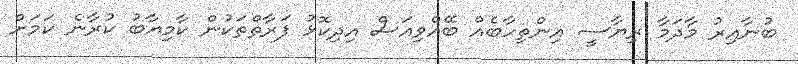
ބުނާއިރު މާދަމާ ރިޔާސީ އިންތިހާބެއް ބޭއްވިއަސް އިދިކޮޅު ފަރާތްތަކުން ކާމިޔާބު ކުރާނެ ކަމަށް